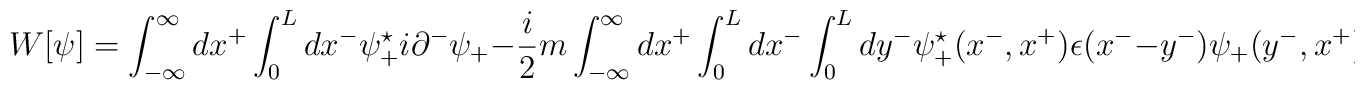
W[{\psi}] = \int_{-\infty}^{\infty} dx^{+} \int_0^L dx^{-}{\psi}_{+}^{\star} i {\partial}^{-} {\psi}_{+}- \frac{i}{2} m \int_{-\infty}^{\infty} dx^{+}\int_0^L dx^{-} \int_0^L dy^{-} {\psi}_{+}^{\star}(x^{-},x^{+})\epsilon(x^{-} - y^{-}) {\psi}_{+}(y^{-},x^{+})